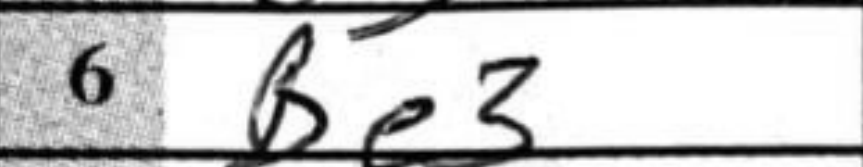
Transcription: Be3